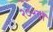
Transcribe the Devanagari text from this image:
२०२वॉ